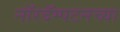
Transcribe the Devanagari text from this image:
नॉरदॅम्पटनच्या